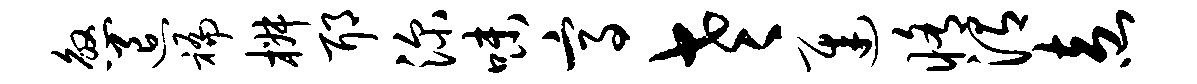
煞退褊椒耶深味高老迟修渭盍